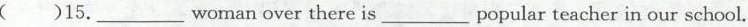
()15.___womanover there is___popular teacher in our school.